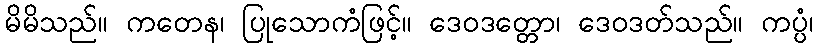
မိမိသည်။ ကတေန၊ ပြုသောကံဖြင့်။ ဒေဝဒတ္တော၊ ဒေဝဒတ်သည်။ ကပ္ပံ၊